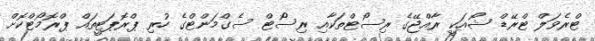
ޓްރެވަލް ޓްރޭޑް ޝޯއަކީ ރާއްޖޭގެ ރިސޯޓްތަކާއި ރިސޯޓް ސެގްމަންޓްގެ ހުރި ޕްރޮޕަޓީތައް ޕްރޮމޯޓްކޮށް